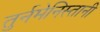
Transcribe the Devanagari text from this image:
तुर्नमेनिस्तानी